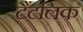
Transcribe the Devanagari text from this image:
टैंटलिक